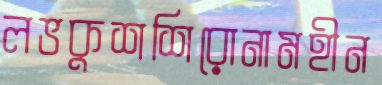
লভকুশশিরোনামহীন